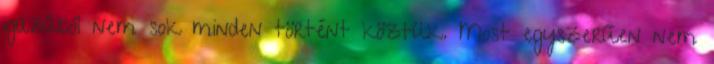
igazából nem sok minden történt köztük. Most egyszerűen nem